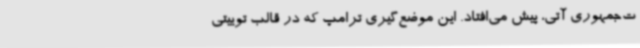
ت‌جمهوری آتی، پیش می‌افتاد. این موضع‌گیری ترامپ که در قالب توییتی